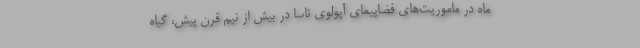
ماه در ماموریت‌های فضاپیمای آپولوی ناسا در بیش از نیم قرن پیش، گیاه